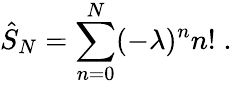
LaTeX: \hat{S}_{N}=\sum_{n=0}^{N}(-\lambda)^{n}n!\; .